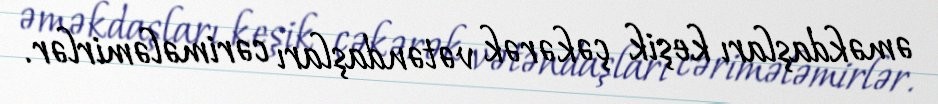
əməkdaşları keşik çəkərək vətəndaşları cərimələmirlər.